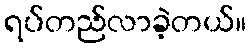
ရပ်တည်လာခဲ့တယ်။